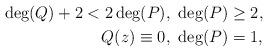
LaTeX: \begin{align*} \deg(Q)+2 < 2\deg(P),&\ \deg(P)\geq 2,\\ Q(z)\equiv 0,&\ \deg(P)=1, \end{align*}